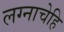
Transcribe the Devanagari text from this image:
लग्नाचेहि